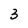
Character: 3